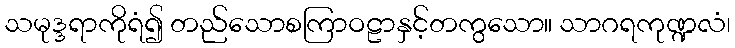
သမုဒ္ဒရာကိုရံ၍ တည်သောစကြာဝဠာနှင့်တကွသော။ သာဂရကုဏ္ဍလံ၊